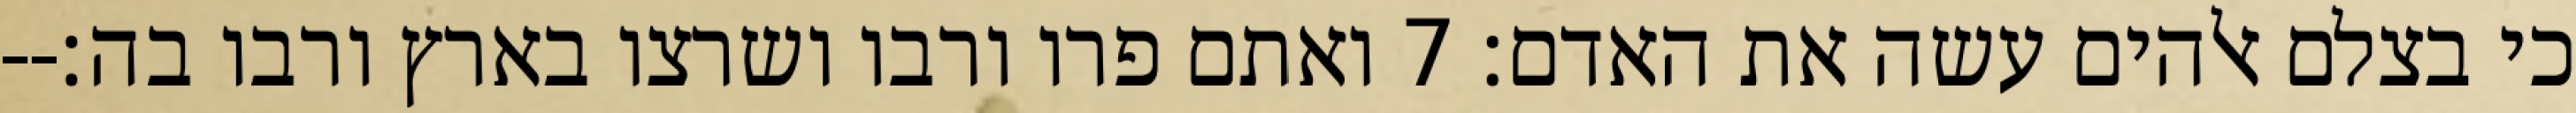
כי בצלם אלהים עשה את האדם׃ ‎7‏ ואתם פרו ורבו ושרצו בארץ ורבו בה׃--